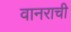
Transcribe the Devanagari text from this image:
वानराची